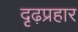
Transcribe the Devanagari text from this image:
दृढ़प्रहार